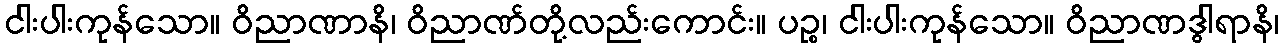
ငါးပါးကုန်သော။ ဝိညာဏာနိ၊ ဝိညာဏ်တို့လည်းကောင်း။ ပဉ္စ၊ ငါးပါးကုန်သော။ ဝိညာဏဒွါရာနိ၊